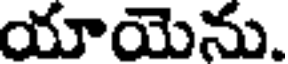
యాయెను.